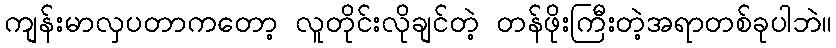
ကျန်းမာလှပတာကတော့ လူတိုင်းလိုချင်တဲ့ တန်ဖိုးကြီးတဲ့အရာတစ်ခုပါဘဲ။